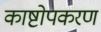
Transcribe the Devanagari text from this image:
काष्टोपकरण